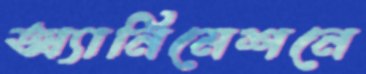
অ্যানিমেশনে